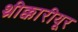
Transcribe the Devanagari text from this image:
थ्रीक्कारीयूर